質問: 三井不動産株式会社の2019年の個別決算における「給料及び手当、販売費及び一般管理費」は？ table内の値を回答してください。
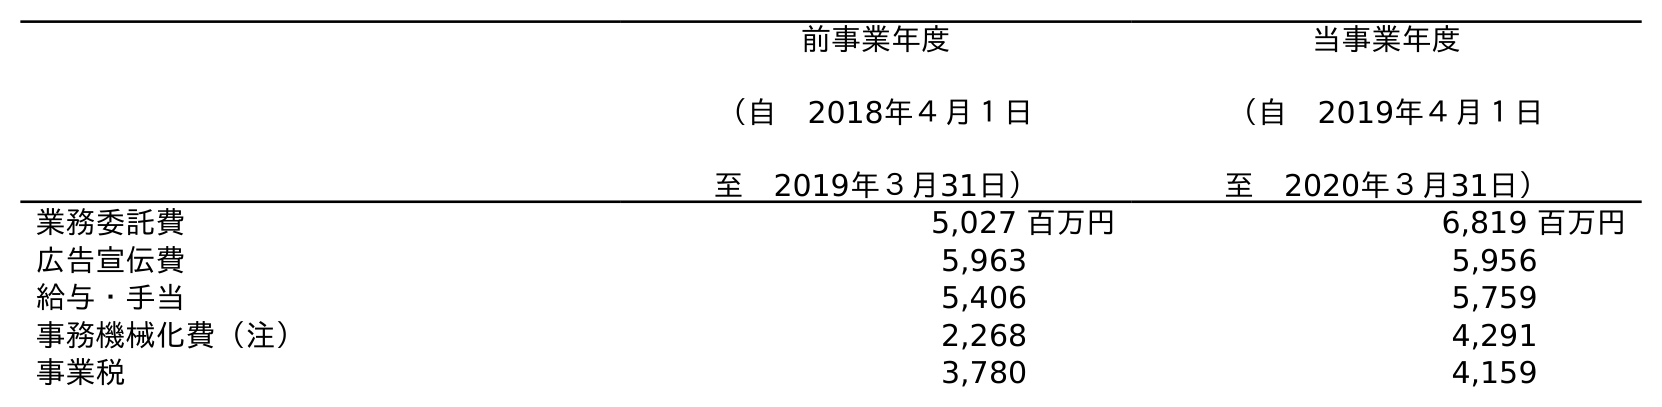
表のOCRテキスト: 前事業年度 （自 2018年４月１日 至 2019年３月31日） 当事業年度 （自 2019年４月１日 至 2020年３月31日） 業務委託費 5,027 百万円 6,819 百万円 広告宣伝費 5,963 5,956 給与・手当 5,406 5,759 事務機械化費（注） 2,268 4,291 事業税 3,780 4,159
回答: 5,406